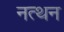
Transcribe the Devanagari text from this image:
नत्थन